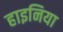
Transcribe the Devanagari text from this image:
हाइनिया